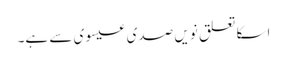
اسکا تعلق نویں صدی عیسوی سے ہے۔